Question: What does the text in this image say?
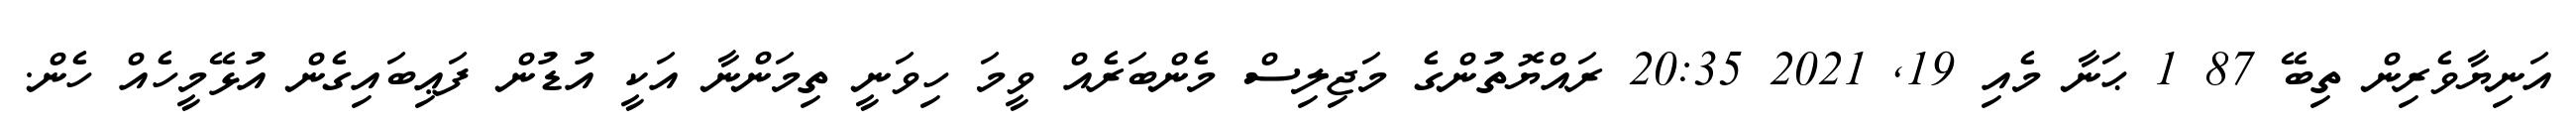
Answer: އަނިޔާވެރިން ތިބޭ 87 1 ޙަނާ މެއި 19, 2021 20:35 ރައްޔޮތުންގެ މަޖިލިސް މެންބަރެއް ވީމަ ހިވަނީ ތިމަންނާ އަކީ އުޑުން ފަޢިބައިގެން އުޅޭމީހެއް ހެން.